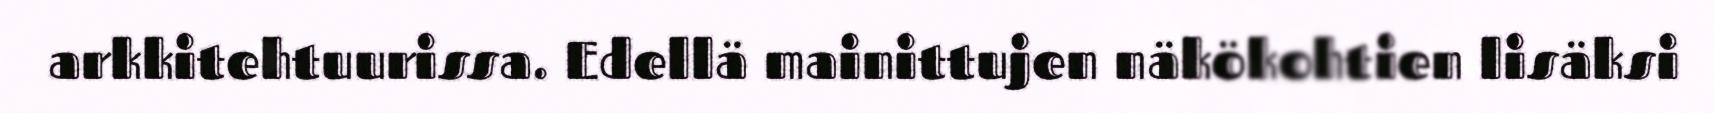
arkkitehtuurissa. Edellä mainittujen näkökohtien lisäksi